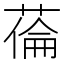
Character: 𦷉